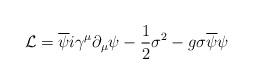
LaTeX: \begin{align*}{\cal L} = \overline{\psi} i \gamma^{\mu} \partial_{\mu} \psi - \frac{1}{2}{\sigma}^2 - g\sigma\overline{\psi}\psi\end{align*}